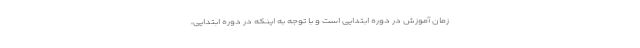
زمان آموزش در دوره ابتدایی است و با توجه به اینکه در دوره ابتدایی،